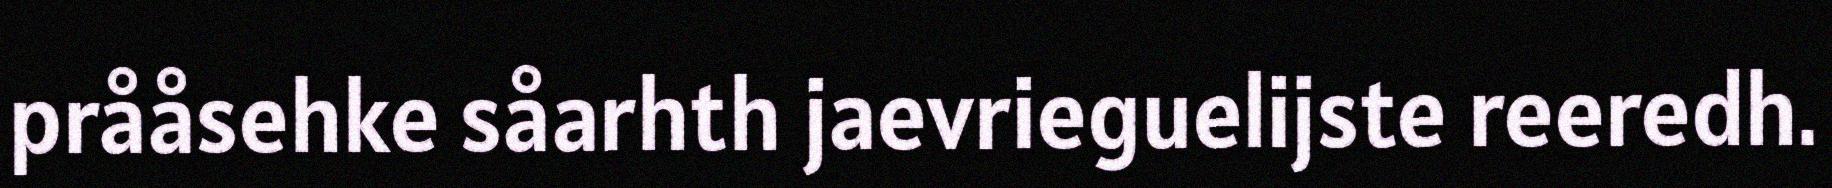
prååsehke såarhth jaevrieguelijste reeredh.